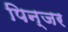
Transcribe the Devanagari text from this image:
पिन्जर